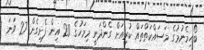
ބޯހިމެނުމުގެ މަސައްކަތްތައް ކުރިއަށް ގެންދަނީ މިމަހުގެ 20 އިން ފެށިގެން 27 ވަނަ